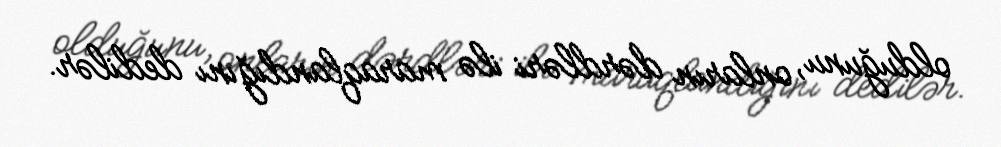
olduğunu, onların dərdləri ilə maraqlandığını dedilər.